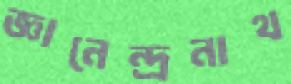
জ্ঞানেন্দ্রনাথ